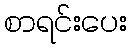
စာရင်းပေး